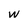
Character: w